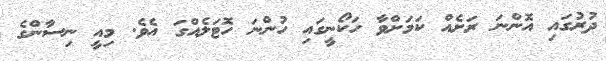
ދުރުގައި އޮންނަ ރަށެއް ކަމަށްވާ ހަކޯނީގައި ހުންނަ ހޮޓަލެއްގަ އެވެ. މިއީ ނިސާންގެ